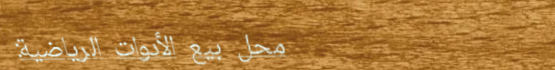
محل بيع الأدوات الرياضية: